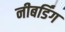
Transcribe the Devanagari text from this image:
नीबर्डिंग